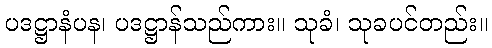
ပဒဋ္ဌာနံပန၊ ပဒဋ္ဌာန်သည်ကား။ သုခံ၊ သုခပင်တည်း။